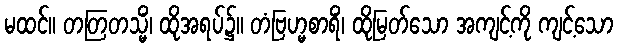
မထင်။ တတြတသ္မိံ၊ ထိုအရပ်၌။ တံဗြဟ္မစာရိံ၊ ထိုမြတ်သော အကျင့်ကို ကျင့်သော